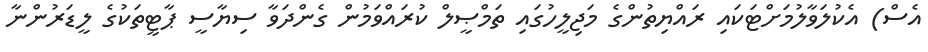
އެސް) އެކުލަވާލުމަށްޓަކައި ރައްޔިތުންގެ މަޖިލީހުގައި ތަމްޞީލް ކުރައްވަމުން ގެންދަވާ ސިޔާސީ ޕާޓީތަކުގެ ލީޑަރުންނާ